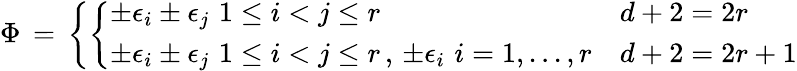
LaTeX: \Phi\, =\, \left\{ \left\{ \begin{array}{ll}{{\pm\epsilon_{i}\pm\epsilon_{j}\, \, 1\le i<j\le r}}&{{d+2=2r}}\\ {{\pm\epsilon_{i}\pm\epsilon_{j}\, \, 1\le i<j\le r\, ,\, \pm\epsilon_{i}\, \, i=1,...,r}}&{{d+2=2r+1}}\end{array}\right.\right.